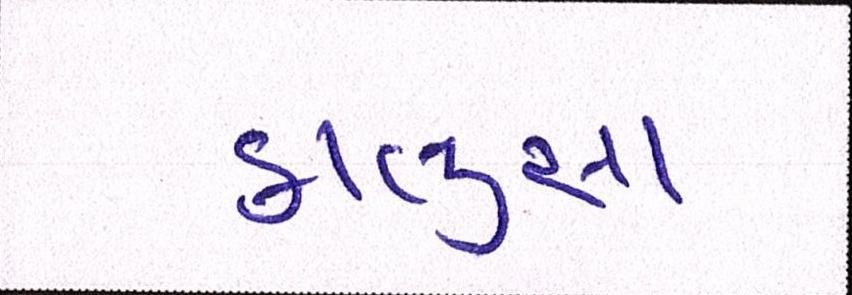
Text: કાલુસા